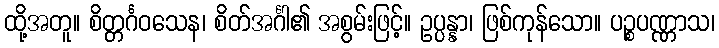
ထို့အတူ။ စိတ္တင်္ဂဝသေန၊ စိတ်အင်္ဂါ၏ အစွမ်းဖြင့်။ ဥပ္ပန္နာ၊ ဖြစ်ကုန်သော။ ပဉ္စပဏ္ဏာသ၊